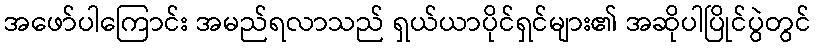
အဖော်ပါကြောင်း အမည်ရလာသည် ရှယ်ယာပိုင်ရှင်များ၏ အဆိုပါပြိုင်ပွဲတွင်